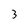
Character: 3